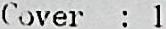
COVER : 1